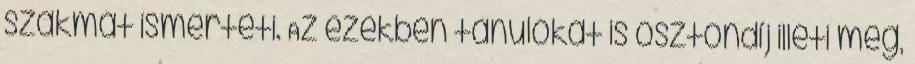
szakmát ismerteti. Az ezekben tanulókat is ösztöndíj illeti meg,